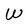
Character: W